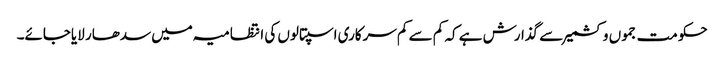
حکومت جموں وکشمیر سے گذارش ہے کہ کم سے کم سرکاری اسپتالوں کی انتظامیہ میں سدھار لایاجائے۔